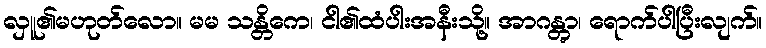
လှူ၏မဟုတ်လော။ မမ သန္တိကေ၊ ငါ၏ထံပါးအနီးသို့။ အာဂန္တွာ၊ ရောက်ပါပြီးလျက်။